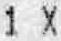
1 X